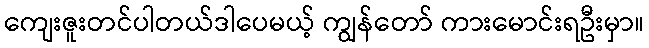
ကျေးဇူးတင်ပါတယ်ဒါပေမယ့် ကျွန်တော် ကားမောင်းရဦးမှာ။